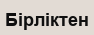
Бірліктен